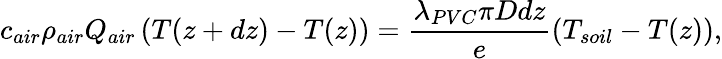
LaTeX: c_{air}\rho_{air}Q_{air}\left(T(z+dz)-T(z)\right)=\frac{\lambda_{PVC}\pi Ddz}{e}\left(T_{soil}-T(z)\right),